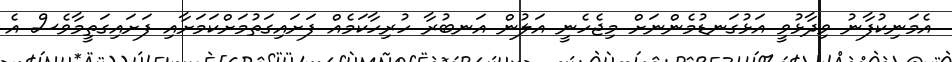
އެމަނިކުފާނު ވިދާޅުވީ އަޅުގަނޑުމެންނަށް މިޖެހެނީ އަލުން އަނބުރާ ހުރިހާކަމެއް ފަށައިގަތުމަށްކަމަށާއި ފަށައިގަތީމާވެސް އެ